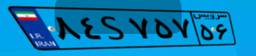
۲۰S۰۶۵۵۰